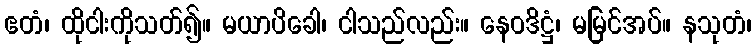
ဧတံ၊ ထိုငါးကိုသတ်၍။ မယာပိခေါ၊ ငါသည်လည်း။ နေဝဒိဋ္ဌံ၊ မမြင်အပ်။ နသုတံ၊